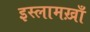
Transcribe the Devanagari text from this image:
इस्लामख़ाँ